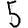
Digit: 5